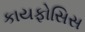
કાયફોસિસ